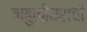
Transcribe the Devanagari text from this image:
बाहुलीघराची